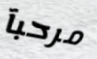
مرحبآ